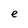
Character: e